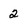
Character: 2